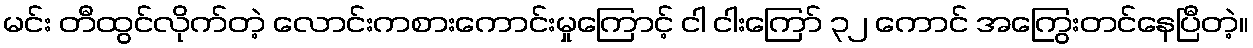
မင်း တီထွင်လိုက်တဲ့ လောင်းကစားကောင်းမှုကြောင့် ငါ ငါးကြော် ၃၂ ကောင် အကြွေးတင်နေပြီတဲ့။